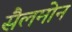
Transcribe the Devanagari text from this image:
सैलमोन